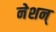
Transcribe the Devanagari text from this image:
नेशन्